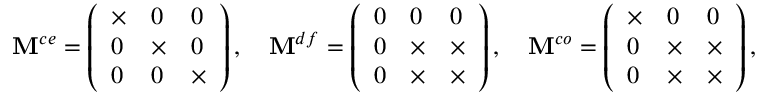
\mathbf { M } ^ { c e } = \left( \begin{array} { l l l } { \times } & { 0 } & { 0 } \\ { 0 } & { \times } & { 0 } \\ { 0 } & { 0 } & { \times } \end{array} \right) , \quad \mathbf { M } ^ { d f } = \left( \begin{array} { l l l } { 0 } & { 0 } & { 0 } \\ { 0 } & { \times } & { \times } \\ { 0 } & { \times } & { \times } \end{array} \right) , \quad \mathbf { M } ^ { c o } = \left( \begin{array} { l l l } { \times } & { 0 } & { 0 } \\ { 0 } & { \times } & { \times } \\ { 0 } & { \times } & { \times } \end{array} \right) ,